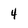
Character: 4